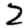
Digit: 2